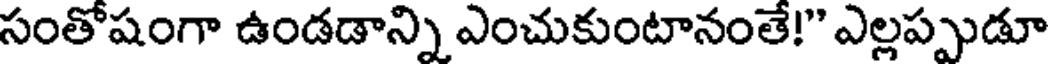
సంతోషంగా ఉండడాన్ని ఎంచుకుంటానంతే!" ఎల్లప్పుడూ